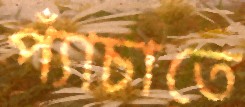
প্যাঁচাতে